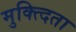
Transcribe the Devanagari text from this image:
मुक्त्दिता